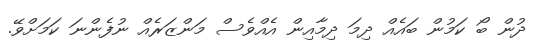
ދުން ބޯ ކަމުން ބައެއް ދިމަ ދިމާއިން އެއްވެސް މަންޒަރެއް ނުފެންނަ ކަމަށްވޭ.